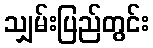
သျှမ်းပြည်တွင်း